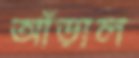
আঁড়াল